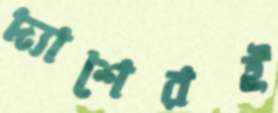
দ্যাশেরই